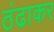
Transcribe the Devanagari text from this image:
ठंढाकर